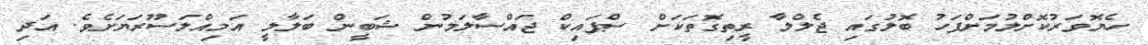
ހެޔޮވަރުކޮށްލުމަށްފަހު ބޮލުގައި ޖެލްލާ ރީތިގޮތަކަށް ސްޕައިކް ޖައްސާލަމުން ޝަބީން ބަލާލީ އަމިއްލަސޫރަޔަށެވެ. އަދި